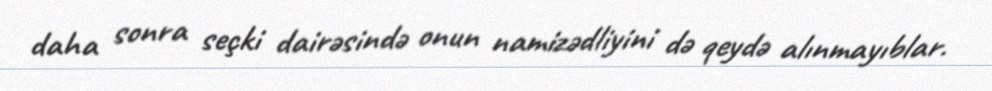
daha sonra seçki dairəsində onun namizədliyini də qeydə alınmayıblar.